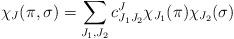
LaTeX: \begin{align*}\chi_J(\pi,\sigma) = \sum_{J_1,J_2} c^J_{J_1 J_2} \chi_{J_1}(\pi) \chi_{J_2}(\sigma)\end{align*}